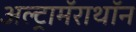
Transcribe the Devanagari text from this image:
अल्ट्रामॅराथॉन